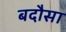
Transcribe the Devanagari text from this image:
बदौसा